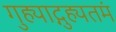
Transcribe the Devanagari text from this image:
गुह्याद्गुह्यतमं